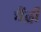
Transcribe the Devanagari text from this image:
चैंद्री